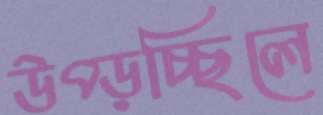
উপ্‌ড়চ্ছিলে